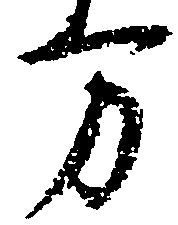
方